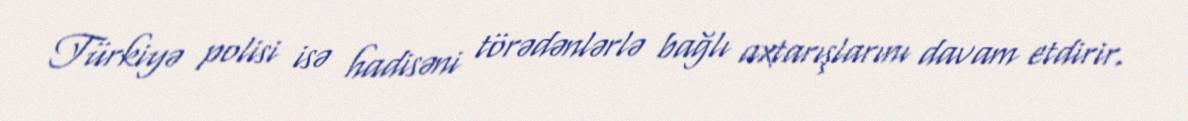
Türkiyə polisi isə hadisəni törədənlərlə bağlı axtarışlarını davam etdirir.